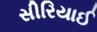
સીરિયાઈ